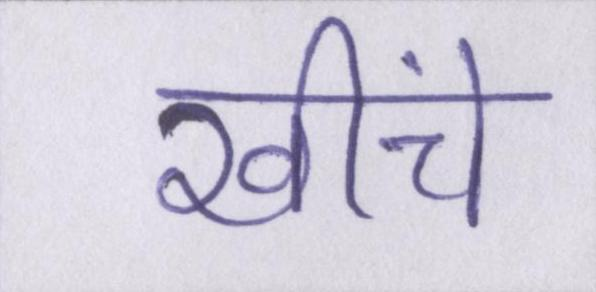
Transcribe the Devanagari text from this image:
खींचे